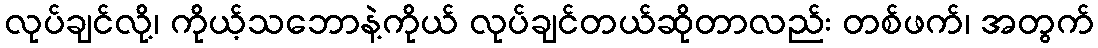
လုပ်ချင်လို့၊ ကိုယ့်သဘောနဲ့ကိုယ် လုပ်ချင်တယ်ဆိုတာလည်း တစ်ဖက်၊ အတွက်